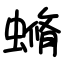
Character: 䗛